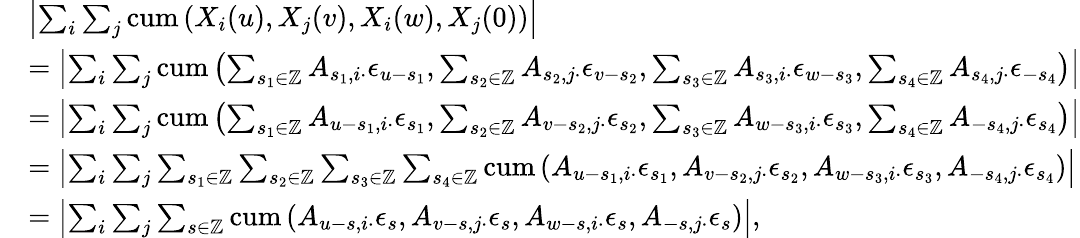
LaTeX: \begin{array}{rl}&{\left|\sum_{i}\sum_{j}\mathrm{cum}\left(X_{i}(u),X_{j}(v),X_{i}(w),X_{j}(0)\right)\right|}\\ &{=\left|\sum_{i}\sum_{j}\mathrm{cum}\left(\sum_{s_{1}\in\mathbb{Z}}A_{s_{1},i\cdot}\epsilon_{u-s_{1}},\sum_{s_{2}\in\mathbb{Z}}A_{s_{2},j\cdot}\epsilon_{v-s_{2}},\sum_{s_{3}\in\mathbb{Z}}A_{s_{3},i\cdot}\epsilon_{w-s_{3}},\sum_{s_{4}\in\mathbb{Z}}A_{s_{4},j\cdot}\epsilon_{-s_{4}}\right)\right|}\\ &{=\left|\sum_{i}\sum_{j}\mathrm{cum}\left(\sum_{s_{1}\in\mathbb{Z}}A_{u-s_{1},i\cdot}\epsilon_{s_{1}},\sum_{s_{2}\in\mathbb{Z}}A_{v-s_{2},j\cdot}\epsilon_{s_{2}},\sum_{s_{3}\in\mathbb{Z}}A_{w-s_{3},i\cdot}\epsilon_{s_{3}},\sum_{s_{4}\in\mathbb{Z}}A_{-s_{4},j\cdot}\epsilon_{s_{4}}\right)\right|}\\ &{=\left|\sum_{i}\sum_{j}\sum_{s_{1}\in\mathbb{Z}}\sum_{s_{2}\in\mathbb{Z}}\sum_{s_{3}\in\mathbb{Z}}\sum_{s_{4}\in\mathbb{Z}}\mathrm{cum}\left(A_{u-s_{1},i\cdot}\epsilon_{s_{1}},A_{v-s_{2},j\cdot}\epsilon_{s_{2}},A_{w-s_{3},i\cdot}\epsilon_{s_{3}},A_{-s_{4},j\cdot}\epsilon_{s_{4}}\right)\right|}\\ &{=\left|\sum_{i}\sum_{j}\sum_{s\in\mathbb{Z}}\mathrm{cum}\left(A_{u-s,i\cdot}\epsilon_{s},A_{v-s,j\cdot}\epsilon_{s},A_{w-s,i\cdot}\epsilon_{s},A_{-s,j\cdot}\epsilon_{s}\right)\right|,}\end{array}